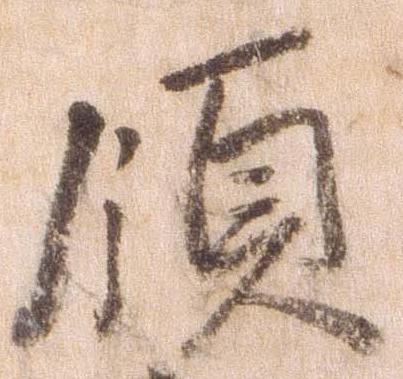
領